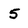
Character: 5